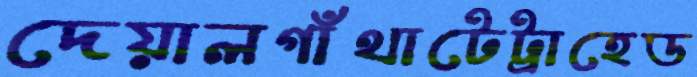
দেয়ালগাঁথাটেট্রাহেড